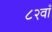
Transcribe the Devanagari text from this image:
८२वाँ